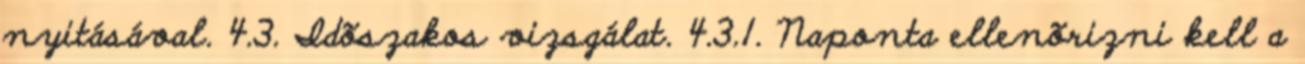
nyitásával. 4.3. Idõszakos vizsgálat. 4.3.1. Naponta ellenõrizni kell a